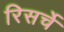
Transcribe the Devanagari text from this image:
रिसर्चे